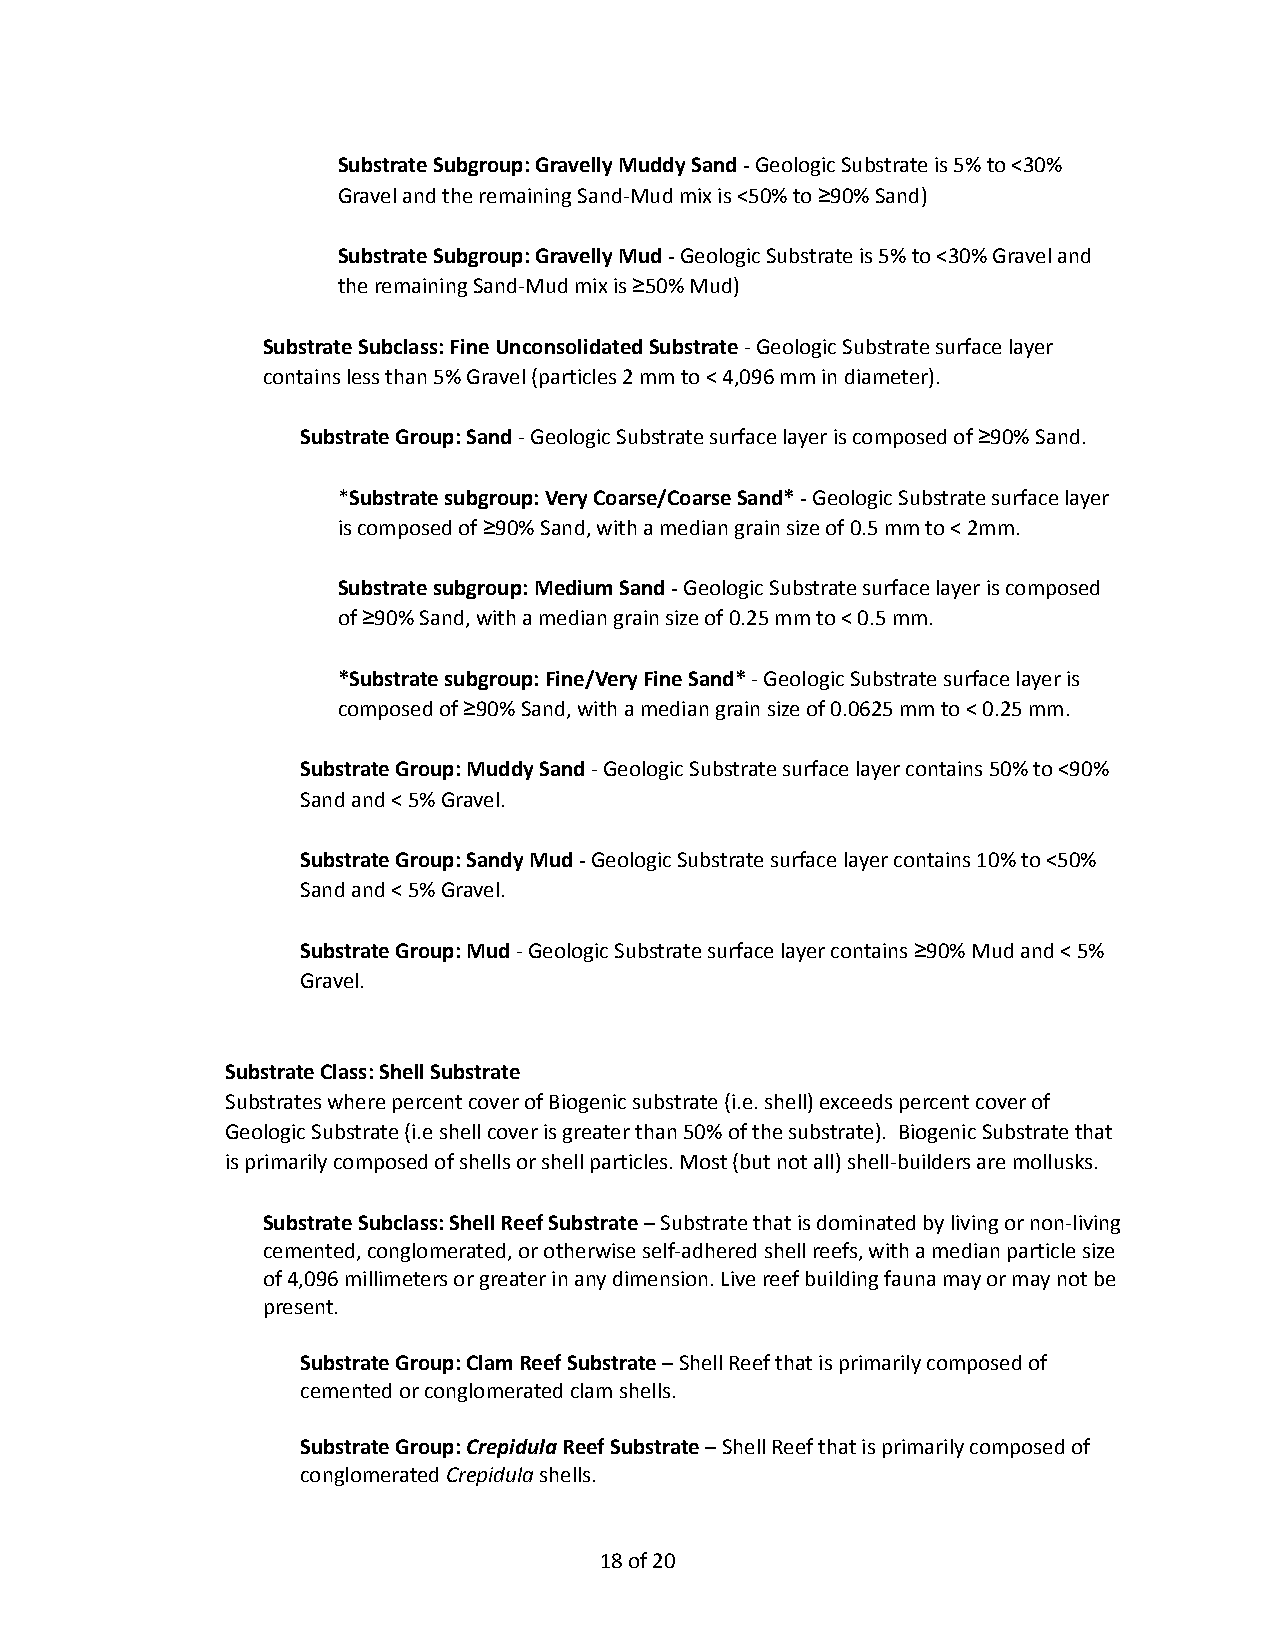
Substrate Subgroup: Gravelly Muddy Sand -Geologic Substrate is 5% to <30%
 Gravel and the remaining Sand-Mud mix is <50% to ≥90%Sand)
 Substrate Subgroup: Gravelly Mud -Geologic Substrateis 5% to <30% Gravel and
 the remaining Sand-Mud mix is ≥50% Mud)
 Substrate Subclass: Fine Unconsolidated Substrate- Geologic Substrate surface layer
 contains less than 5% Gravel (particles 2 mm to <4,096 mm in diameter).
 Substrate Group: Sand- Geologic Substrate surfacelayer is composed of ≥90% Sand.
 *Substrate subgroup: Very Coarse/Coarse Sand* -GeologicSubstrate surface layer
 is composed of ≥90% Sand, with a median grain sizeof 0.5 mm to < 2mm.
 Substrate subgroup: Medium Sand -Geologic Substratesurface layer is composed
 of ≥90% Sand, with a median grain size of 0.25 mmto < 0.5 mm.
 *Substrate subgroup: Fine/Very Fine Sand*- GeologicSubstrate surface layer is
 composed of ≥90% Sand, with a median grain size of0.0625 mm to < 0.25 mm.
 Substrate Group: Muddy Sand- Geologic Substrate surfacelayer contains 50% to <90%
 Sand and < 5% Gravel.
 Substrate Group: Sandy Mud -Geologic Substrate surfacelayer contains 10% to <50%
 Sand and < 5% Gravel.
 Substrate Group: Mud- Geologic Substrate surfacelayer contains ≥90% Mud and < 5%
 Gravel.
 Substrate Class: Shell Substrate
 Substrates where percent cover of Biogenic substrate(i.e. shell) exceeds percent cover of
 Geologic Substrate (i.e shell cover is greater than50% of the substrate). Biogenic Substrate that
 is primarily composed of shells or shell particles.Most (but not all) shell-builders are mollusks.
 Substrate Subclass: Shell Reef Substrate– Substratethat is dominated by living or non-living
 cemented, conglomerated, or otherwise self-adheredshell reefs, with a median particle size
 of 4,096 millimeters or greater in any dimension.Live reef building fauna may or may not be
 present.
 Substrate Group: Clam Reef Substrate– Shell Reefthat is primarily composed of
 cemented or conglomerated clam shells.
 Substrate Group:CrepidulaReef Substrate– ShellReef that is primarily composed of
 conglomeratedCrepidulashells.
 18of 20